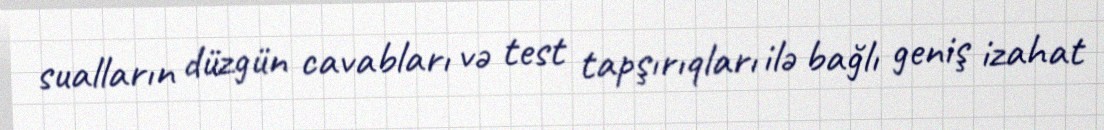
sualların düzgün cavabları və test tapşırıqları ilə bağlı geniş izahat